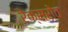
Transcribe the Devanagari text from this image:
रेक्सरोत